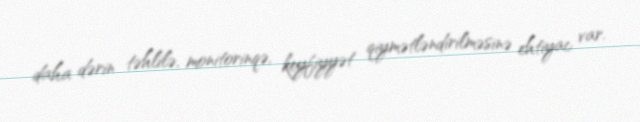
daha dərin təhlilə, monitorinqə, keyfiyyət qiymətləndirilməsinə ehtiyac var.